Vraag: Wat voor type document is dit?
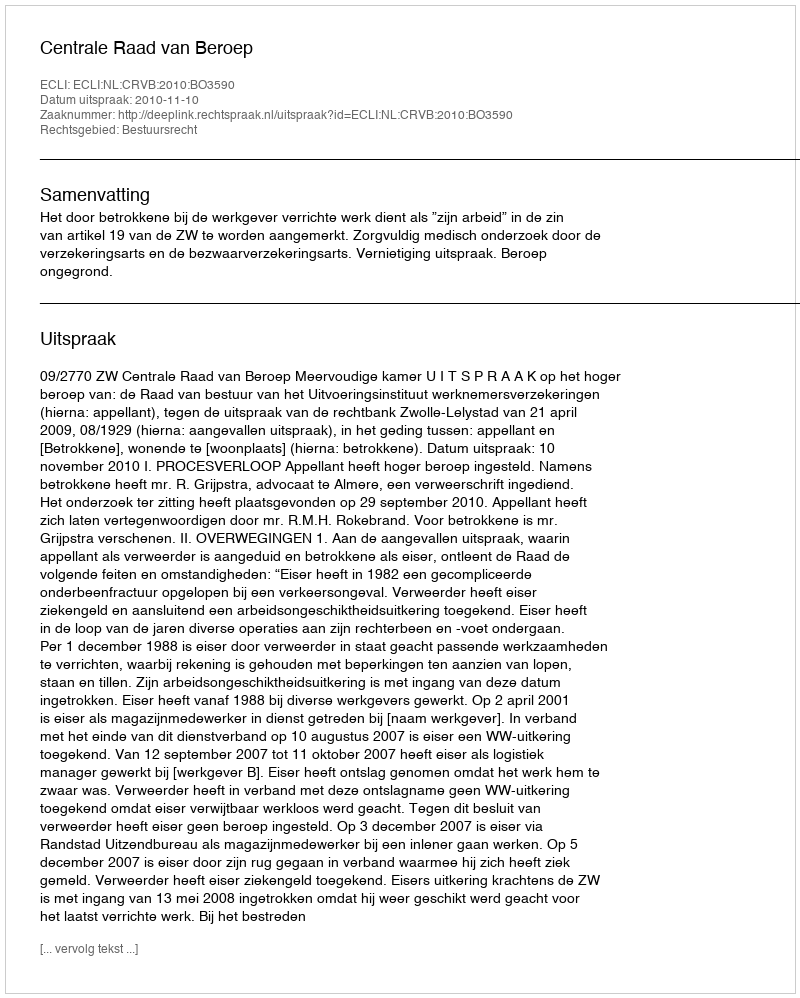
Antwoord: Uitspraak